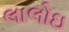
લાલોઇ